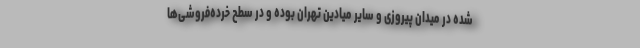
شده در میدان پیروزی و سایر میادین تهران بوده و در سطح خرده‌فروشی‌ها